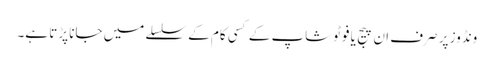
ونڈوز پر صرف ان پیج یا فوٹوشاپ کے کسی کام کے سلسلے میں جانا پڑتا ہے۔